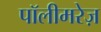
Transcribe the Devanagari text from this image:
पॉलीमरेज़